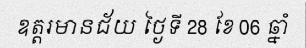
ឧត្តរមានជ័យ ថ្ងៃទី 28 ខែ 06 ឆ្នាំ